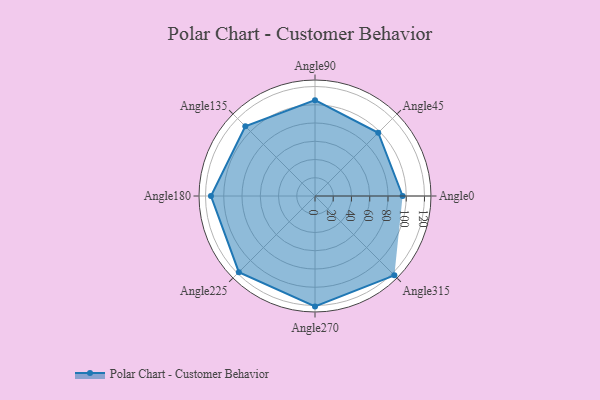
{"axis": {"x": "Angle", "y": "Radius"}, "legend": [""], "data": [{"x": "Angle0", "y": 96.0, "type": ""}, {"x": "Angle45", "y": 98.0, "type": ""}, {"x": "Angle90", "y": 105.0, "type": ""}, {"x": "Angle135", "y": 108.0, "type": ""}, {"x": "Angle180", "y": 114.0, "type": ""}, {"x": "Angle225", "y": 118.0, "type": ""}, {"x": "Angle270", "y": 121.0, "type": ""}, {"x": "Angle315", "y": 123.0, "type": ""}]}